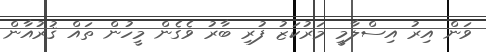
ވަން އިރު އިސްލާމީ މަރުކަޒު ފުރި ބާރު ވެގެން މީހުން ތައް ޤުރުއާން